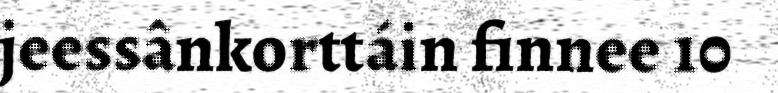
jeessânkorttáin finnee 10